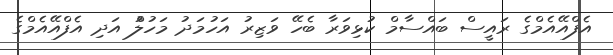
އެފްއޭއެމްގެ ރައީސް ބައްސާމް ކުޅިވަރާ ބެހޭ ވަޒިރު އަހުމަދު މަހުލުް އަދި އެފްއޭއެމްގެ